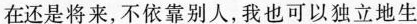
在还是将来，不依靠别人，我也可以独立地生